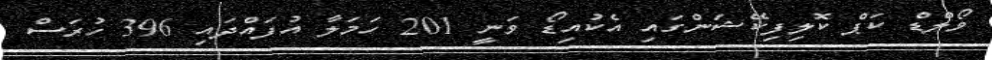
ވޯލްޑް ކަޕް ކޮލިފިކޭޝަންގައި އެކުއިޑޯ ވަނީ 201 ހަމަލާ އުފައްދައި 396 ހުރަސް